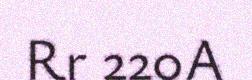
Rr 220A